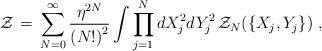
LaTeX: \begin{align*}{\cal Z} \,=\, \sum_{N = 0}^{\infty} \frac{{\eta}^{2 N}}{{(N !)}^2}\int \prod_{j =1}^N d X^2_j d Y^2_j \, {\cal Z}_N (\{ X_j , Y_j \}) \;,\end{align*}